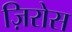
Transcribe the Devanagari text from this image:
ज़िरोस